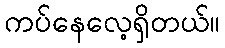
ကပ်နေလေ့ရှိတယ်။